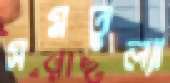
সমতুল্যা